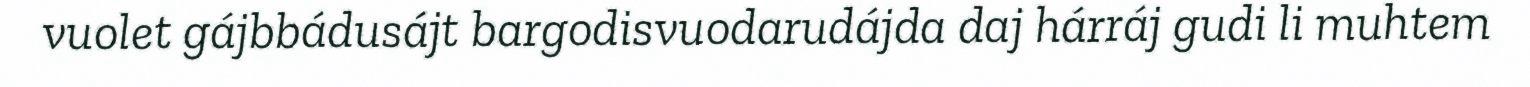
vuolet gájbbádusájt bargodisvuodarudájda daj hárráj gudi li muhtem